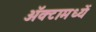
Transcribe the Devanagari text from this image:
अॅक्टामध्यें